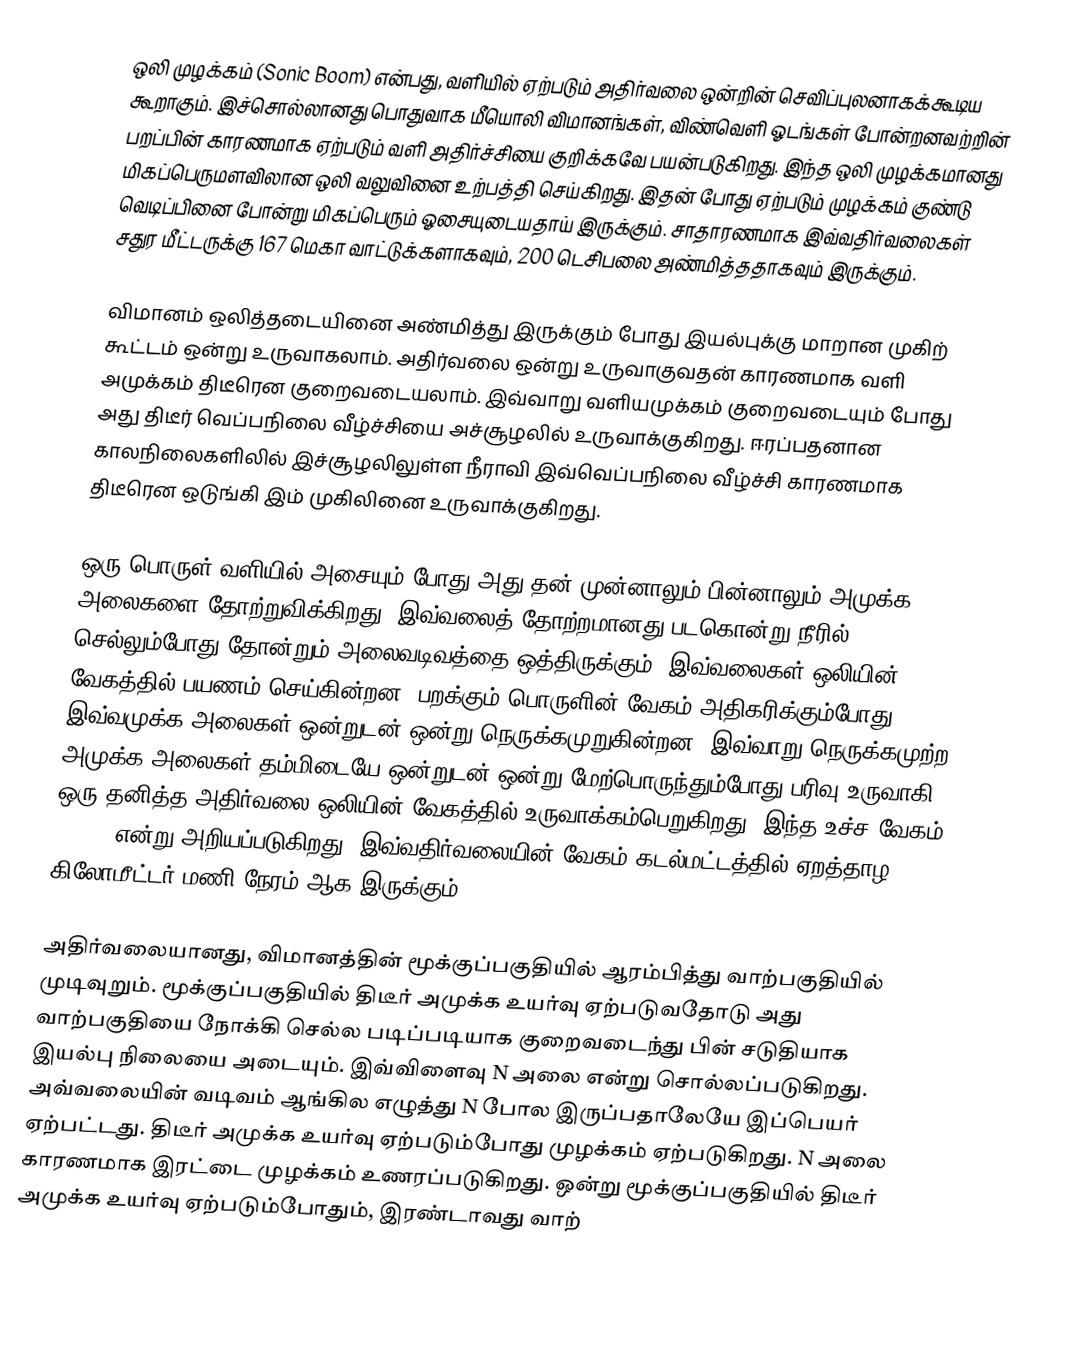
ஒலி முழக்கம் (Sonic Boom) என்பது, வளியில் ஏற்படும் அதிர்வலை ஒன்றின் செவிப்புலனாகக்கூடிய கூறாகும். இச்சொல்லானது பொதுவாக மீயொலி விமானங்கள், விண்வெளி ஓடங்கள் போன்றனவற்றின் பறப்பின் காரணமாக ஏற்படும் வளி அதிர்ச்சியை குறிக்கவே பயன்படுகிறது. இந்த ஒலி முழக்கமானது மிகப்பெருமளவிலான ஒலி வலுவினை உற்பத்தி செய்கிறது. இதன் போது ஏற்படும் முழக்கம் குண்டு வெடிப்பினை போன்று மிகப்பெரும் ஓசையுடையதாய் இருக்கும். சாதாரணமாக இவ்வதிர்வலைகள் சதுர மீட்டருக்கு 167 மெகா வாட்டுக்களாகவும், 200 டெசிபலை அண்மித்ததாகவும் இருக்கும்.

விமானம் ஒலித்தடையினை அண்மித்து இருக்கும் போது இயல்புக்கு மாறான முகிற் கூட்டம் ஒன்று உருவாகலாம். அதிர்வலை ஒன்று உருவாகுவதன் காரணமாக வளி அமுக்கம் திடீரென குறைவடையலாம். இவ்வாறு வளியமுக்கம் குறைவடையும் போது அது திடீர் வெப்பநிலை வீழ்ச்சியை அச்சூழலில் உருவாக்குகிறது. ஈரப்பதனான காலநிலைகளிலில் இச்சூழலிலுள்ள நீராவி இவ்வெப்பநிலை வீழ்ச்சி காரணமாக திடீரென ஒடுங்கி இம் முகிலினை உருவாக்குகிறது.

ஒரு பொருள் வளியில் அசையும் போது அது தன் முன்னாலும் பின்னாலும் அமுக்க அலைகளை தோற்றுவிக்கிறது. இவ்வலைத் தோற்றமானது படகொன்று நீரில் செல்லும்போது தோன்றும் அலைவடிவத்தை ஒத்திருக்கும். இவ்வலைகள் ஒலியின் வேகத்தில் பயணம் செய்கின்றன. பறக்கும் பொருளின் வேகம் அதிகரிக்கும்போது, இவ்வமுக்க அலைகள் ஒன்றுடன் ஒன்று நெருக்கமுறுகின்றன. இவ்வாறு நெருக்கமுற்ற அமுக்க அலைகள் தம்மிடையே ஒன்றுடன் ஒன்று மேற்பொருந்தும்போது பரிவு உருவாகி ஒரு தனித்த அதிர்வலை ஒலியின் வேகத்தில் உருவாக்கம்பெறுகிறது. இந்த உச்ச வேகம், Mach 1 என்று அறியப்படுகிறது. இவ்வதிர்வலையின் வேகம் கடல்மட்டத்தில் ஏறத்தாழ 1225 கிலோமீட்டர்/மணி நேரம் ஆக இருக்கும்.

அதிர்வலையானது, விமானத்தின் மூக்குப்பகுதியில் ஆரம்பித்து வாற்பகுதியில் முடிவுறும். மூக்குப்பகுதியில் திடீர் அமுக்க உயர்வு ஏற்படுவதோடு அது வாற்பகுதியை நோக்கி செல்ல படிப்படியாக குறைவடைந்து  பின் சடுதியாக இயல்பு நிலையை அடையும். இவ்விளைவு N அலை என்று சொல்லப்படுகிறது. அவ்வலையின் வடிவம் ஆங்கில எழுத்து N போல இருப்பதாலேயே இப்பெயர் ஏற்பட்டது. திடீர் அமுக்க உயர்வு ஏற்படும்போது முழக்கம் ஏற்படுகிறது. N அலை காரணமாக இரட்டை முழக்கம் உணரப்படுகிறது. ஒன்று மூக்குப்பகுதியில் திடீர் அமுக்க உயர்வு ஏற்படும்போதும், இரண்டாவது வாற்